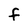
Character: F